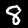
Digit: 8